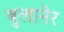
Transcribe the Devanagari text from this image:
बुलानेर